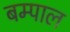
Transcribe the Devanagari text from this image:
बम्पाल